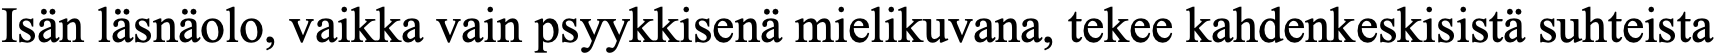
Isän läsnäolo, vaikka vain psyykkisenä mielikuvana, tekee kahdenkeskisistä suhteista